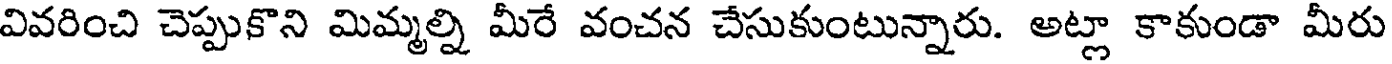
వివరించి చెప్పుకొని మిమ్మల్ని మీరే వంచన చేసుకుంటున్నారు. అట్లా కాకుండా మీరు